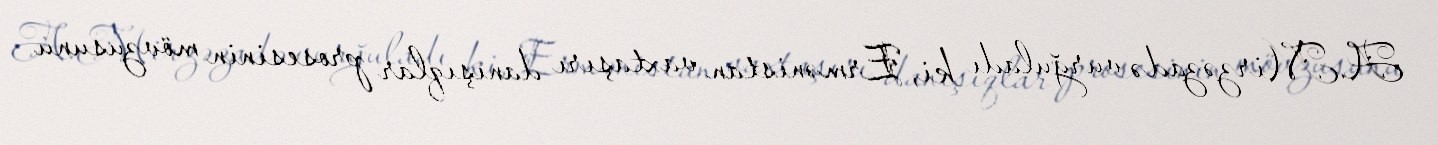
A.Mirzəzadə vurğuladı ki, Ermənistan vaxtaşırı danışıqlar prosesinin mövzusunu